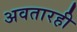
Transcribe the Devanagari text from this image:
अवतारही